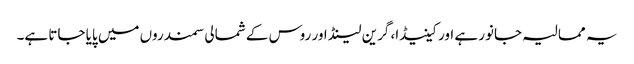
یہ ممالیہ جانور ہے اور کینیڈا، گرین لینڈ اور روس کے شمالی سمندروں میں پایا جاتا ہے۔